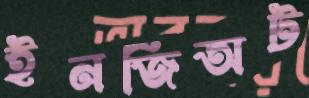
ইনজিঅট